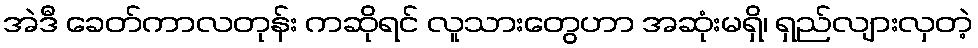
အဲဒီ ခေတ်ကာလတုန်း ကဆိုရင် လူသားတွေဟာ အဆုံးမရှိ၊ ရှည်လျားလှတဲ့